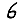
Digit: 6